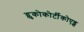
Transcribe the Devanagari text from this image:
ग्लुकोकोर्टीकोएड्स